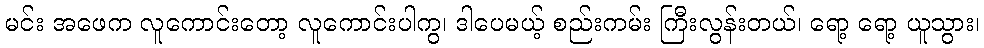
မင်း အဖေက လူကောင်းတော့ လူကောင်းပါကွ၊ ဒါပေမယ့် စည်းကမ်း ကြီးလွန်းတယ်၊ ရော့ ရော့ ယူသွား၊